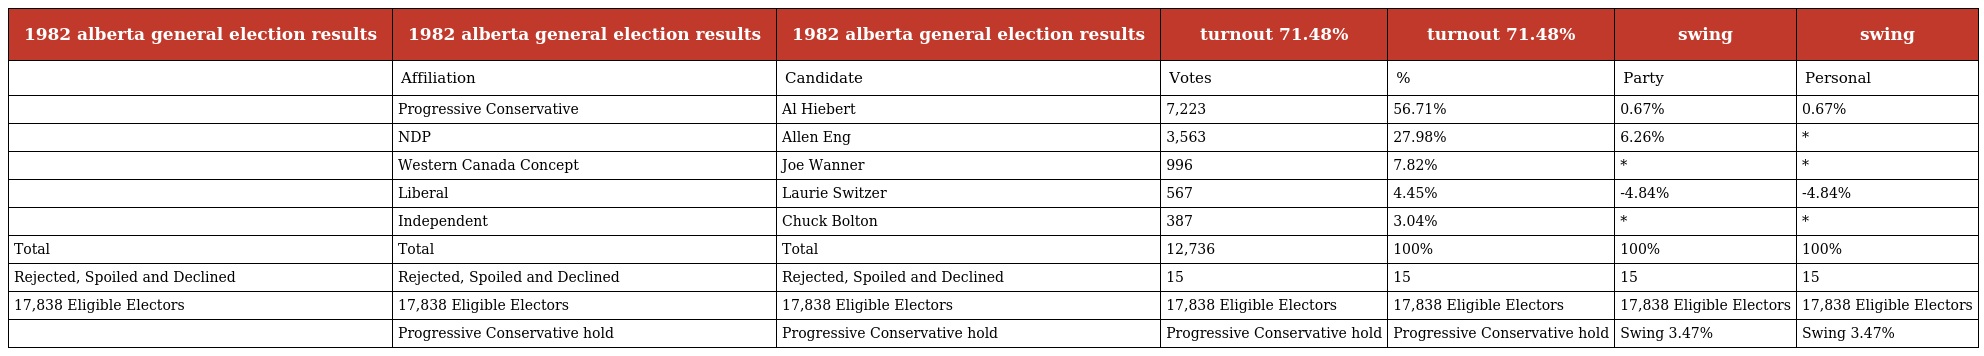
| 1982 alberta general election results | 1982 alberta general election results | 1982 alberta general election results | turnout 71.48% | turnout 71.48% | swing | swing |
 | --- | --- | --- | --- | --- | --- | --- |
 |  | Affiliation | Candidate | Votes | % | Party | Personal |
 |  | Progressive Conservative | Al Hiebert | 7,223 | 56.71% | 0.67% | 0.67% |
 |  | NDP | Allen Eng | 3,563 | 27.98% | 6.26% | * |
 |  | Western Canada Concept | Joe Wanner | 996 | 7.82% | * | * |
 |  | Liberal | Laurie Switzer | 567 | 4.45% | -4.84% | -4.84% |
 |  | Independent | Chuck Bolton | 387 | 3.04% | * | * |
 | Total | Total | Total | 12,736 | 100% | 100% | 100% |
 | Rejected, Spoiled and Declined | Rejected, Spoiled and Declined | Rejected, Spoiled and Declined | 15 | 15 | 15 | 15 |
 | 17,838 Eligible Electors | 17,838 Eligible Electors | 17,838 Eligible Electors | 17,838 Eligible Electors | 17,838 Eligible Electors | 17,838 Eligible Electors | 17,838 Eligible Electors |
 |  | Progressive Conservative hold | Progressive Conservative hold | Progressive Conservative hold | Progressive Conservative hold | Swing 3.47% | Swing 3.47% |